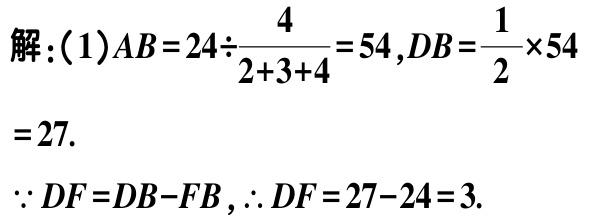
解：(1)$AB = 24\div\frac{4}{2 + 3 + 4}=54,DB=\frac{1}{2}\times54$

$= 27.$

$\because DF = DB - FB,\therefore DF = 27 - 24 = 3.$